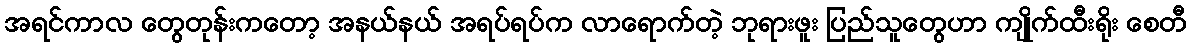
အရင်ကာလ တွေတုန်းကတော့ အနယ်နယ် အရပ်ရပ်က လာရောက်တဲ့ ဘုရားဖူး ပြည်သူတွေဟာ ကျိုက်ထီးရိုး စေတီ